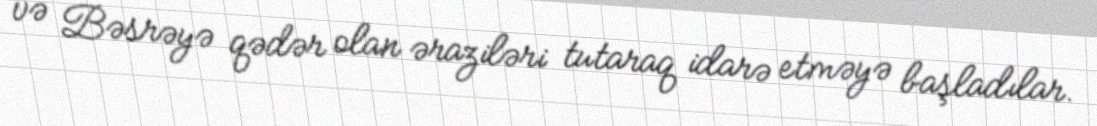
və Bəsrəyə qədər olan əraziləri tutaraq idarə etməyə başladılar.